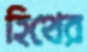
হিথের